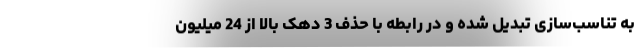
به تناسب‌سازی تبدیل شده و در رابطه با حذف 3 دهک بالا از 24 میلیون